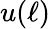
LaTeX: u(\ell)